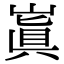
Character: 𡻗